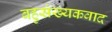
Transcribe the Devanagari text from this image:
बहुसंख्यकवाद